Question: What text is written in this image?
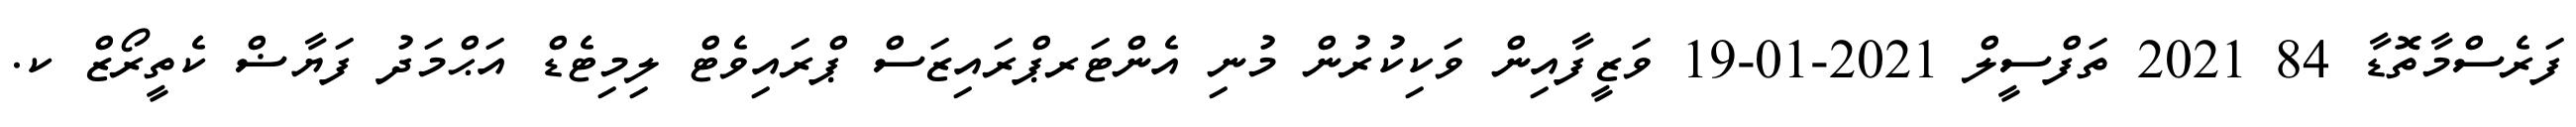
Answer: ފަރެސްމާތޮޑާ 84 2021 ތަފްސީލް 2021-01-19 ވަޒީފާއިން ވަކިކުރުން މުނި އެންޓަރޕްރައިޒަސް ޕްރައިވެޓް ލިމިޓެޑް އަޙްމަދު ފަޔާޟް ކެތީރޯޒް ކ.